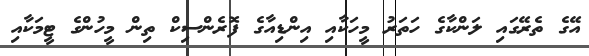
އޭގެ ތެރޭގައި ލަންކާގެ ހަތަރު މީހަކާއި އިންޑިއާގެ ފޮރެންސިކް ތިން މީހުންގެ ޓީމަކާއި